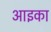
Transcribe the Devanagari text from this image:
आइका